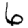
Digit: 6